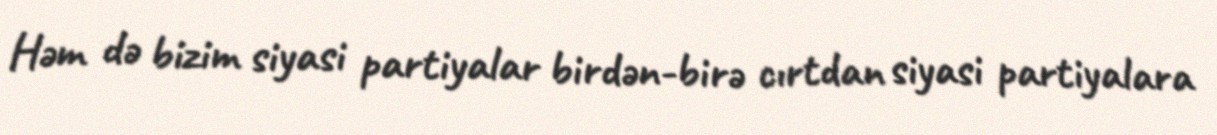
Həm də bizim siyasi partiyalar birdən-birə cırtdan siyasi partiyalara